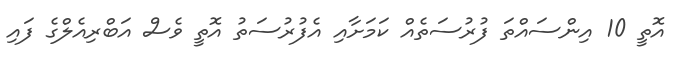
އޮތީ 10 އިންސައްތަ ފުރުސަތެއް ކަމަށާއި އެފުރުސަތު އޮތީ ވެސް އަބްރިއެލްގެ ފައި